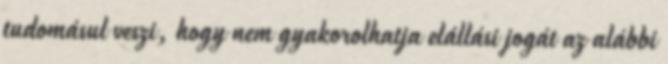
tudomásul veszi, hogy nem gyakorolhatja elállási jogát az alábbi